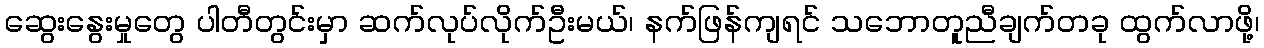
ဆွေးနွေးမှုတွေ ပါတီတွင်းမှာ ဆက်လုပ်လိုက်ဦးမယ်၊ နက်ဖြန်ကျရင် သဘောတူညီချက်တခု ထွက်လာဖို့၊